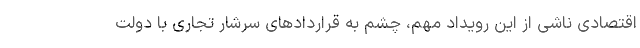
اقتصادی ناشی از این رویداد مهم، چشم به قراردادهای سرشار تجاری با دولت